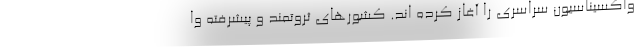
واکسیناسیون سراسری را آغاز کرده اند. کشورهای ثروتمند و پیشرفته وا